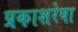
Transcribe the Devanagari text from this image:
प्रकाशरेषा